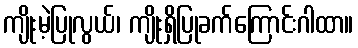
ကျိုးမဲ့ပြုလွယ်၊ ကျိုးရှိပြုခက်ကြောင်းဂါထာ။